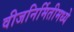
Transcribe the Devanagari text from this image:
वीजनिर्मितीमध्ये